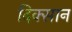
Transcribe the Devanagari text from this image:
दिक्सान